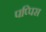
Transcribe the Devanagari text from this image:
पप्पिस